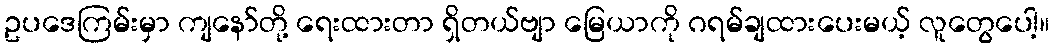
ဥပဒေကြမ်းမှာ ကျနော်တို့ ရေးထားတာ ရှိတယ်ဗျာ မြေယာကို ဂရမ်ချထားပေးမယ့် လူတွေပေါ့။